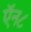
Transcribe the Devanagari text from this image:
ऍन८